DOW-UAP-D32, Mission Report, Syria, October 2024
Agency: Department of War
Incident date: 10/20/24
Incident location: Syria
Page 3
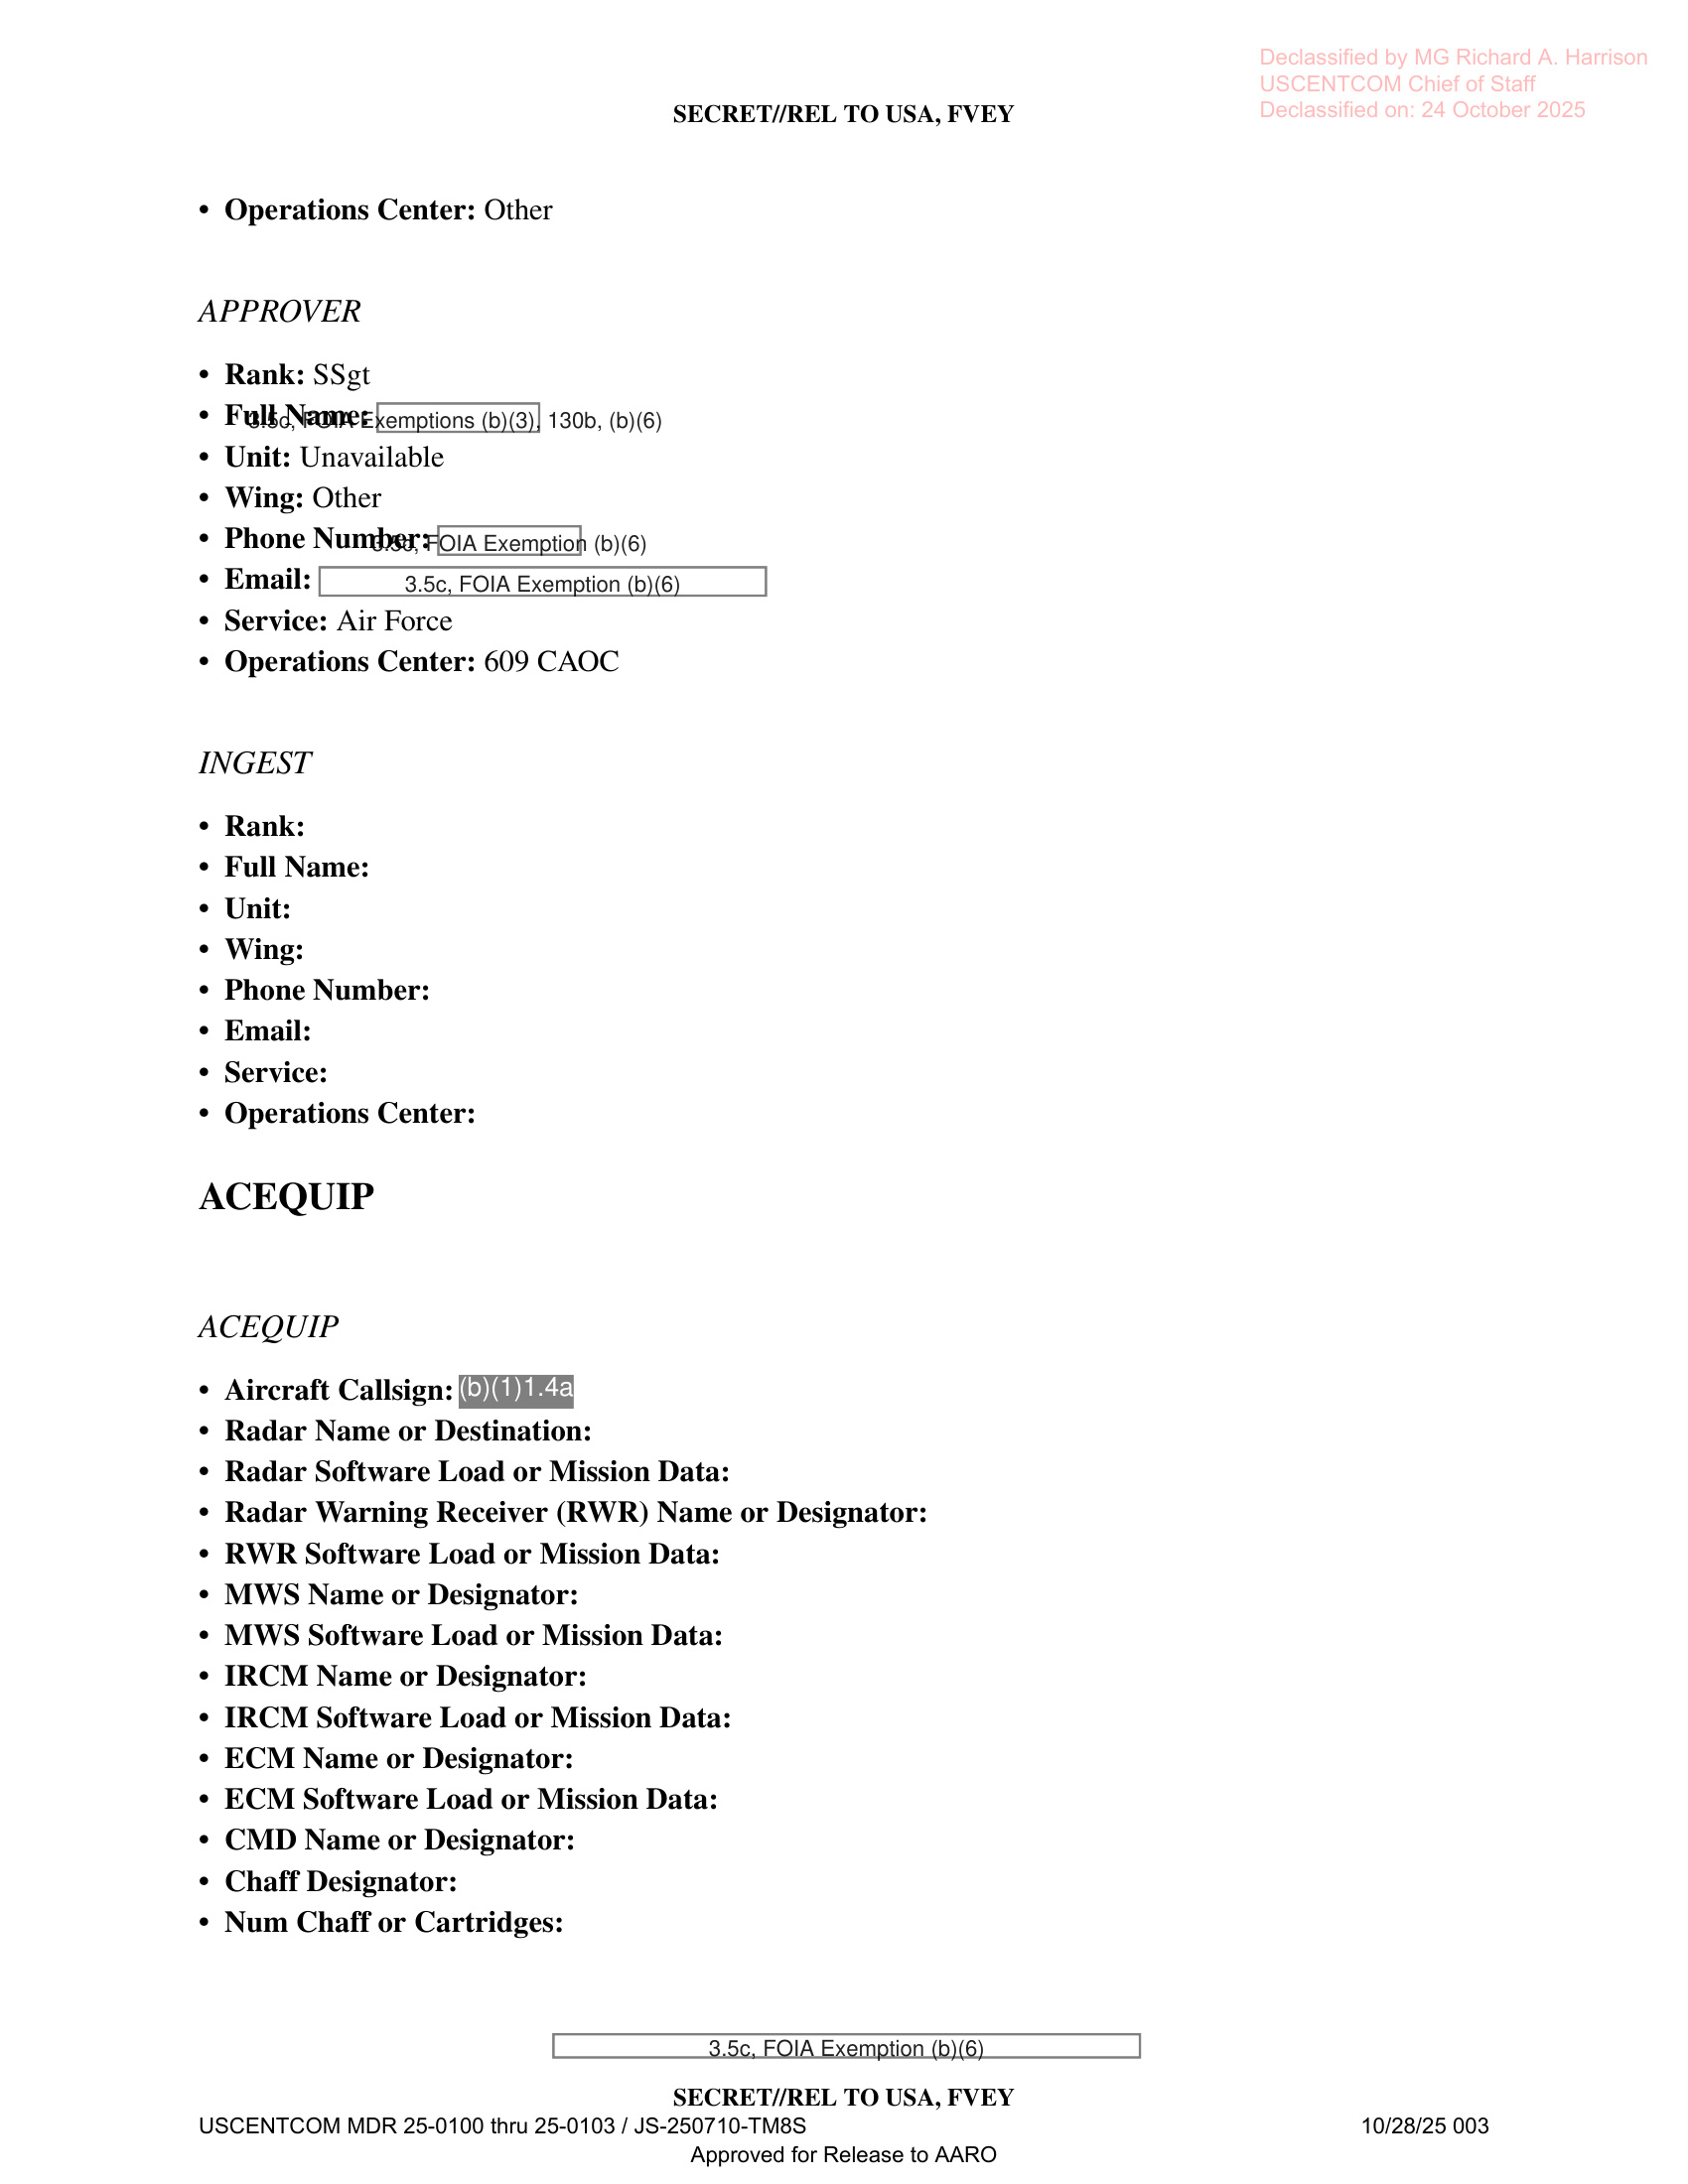